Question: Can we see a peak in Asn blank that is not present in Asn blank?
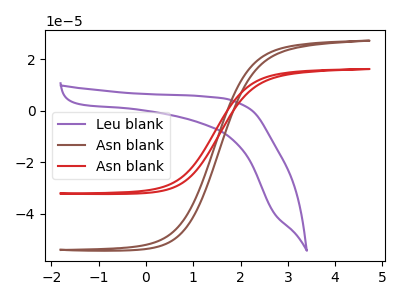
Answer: <think>The purple curve "Leu blank" has no peaks. The brown curve "Asn blank" has no peaks. The red curve "Asn blank" has no peaks.
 Neither "Asn blank" or "Asn blank" have any peaks.</think>
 <answer>No, "Asn blank" and "Asn blank" don't appear to be significantly different in shape</answer>
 <eval>no_change</eval>